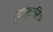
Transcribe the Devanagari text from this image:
चमत्‍कारिक